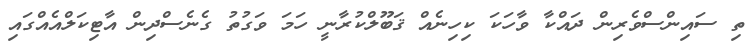
ތި ސައިންސްވެރިން ދައްކާ ވާހަކަ ކިހިނެއް ޤަބޫލްކުރާނީ ހަމަ ވަގުތު ގެނެސްދިން އާޓިކަލްއެއްގައި